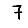
Digit: 7